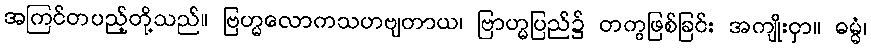
အကြင်တပည့်တို့သည်။ ဗြဟ္မလောကသဟဗျတာယ၊ ဗြာဟ္မပြည်၌ တကွဖြစ်ခြင်း အကျိုးငှာ။ ဓမ္မံ၊